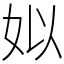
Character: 姒